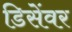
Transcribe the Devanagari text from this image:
डिसेंवर